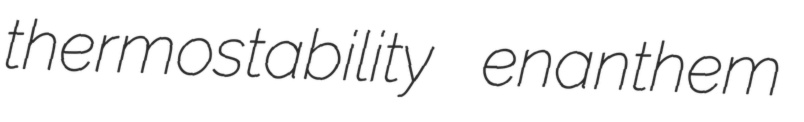
thermostability enanthem